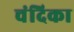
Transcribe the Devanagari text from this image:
चंदिका